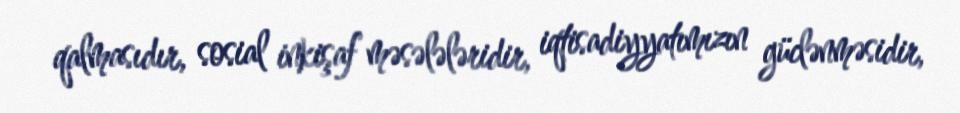
qalmasıdır, sosial inkişaf məsələləridir, iqtisadiyyatımızın güclənməsidir,